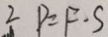
2 P = F \cdot S